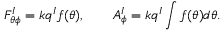
F _ { \theta \phi } ^ { I } = k q ^ { I } f ( \theta ) , \qquad A _ { \phi } ^ { I } = k q ^ { I } \int f ( \theta ) d \theta .